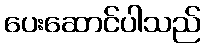
ပေးဆောင်ပါသည်